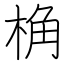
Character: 桷